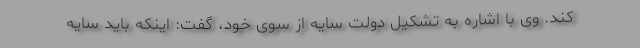
کند. وی با اشاره به تشکیل دولت سایه از سوی خود، گفت: اینکه باید سایه